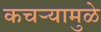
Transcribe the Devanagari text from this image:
कचर्‍यामुळे